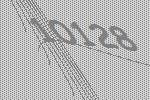
10128